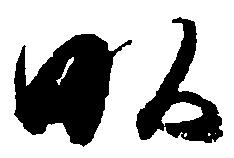
畝